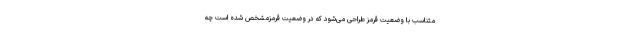
متناسب با وضعیت قرمز طراحی می‌شود که در وضعیت قرمزمشخص شده است چه